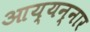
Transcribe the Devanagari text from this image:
आय्यन्नार